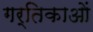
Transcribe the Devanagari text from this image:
गर्तिकाओं